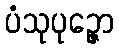
ပံသုပုဉ္ဇော